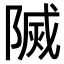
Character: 𨻒